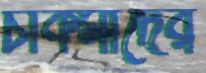
চাকমাদের